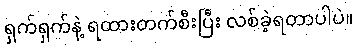
ရှက်ရှက်နဲ့ ရထားတက်စီးပြီး လစ်ခဲ့ရတာပါပဲ။